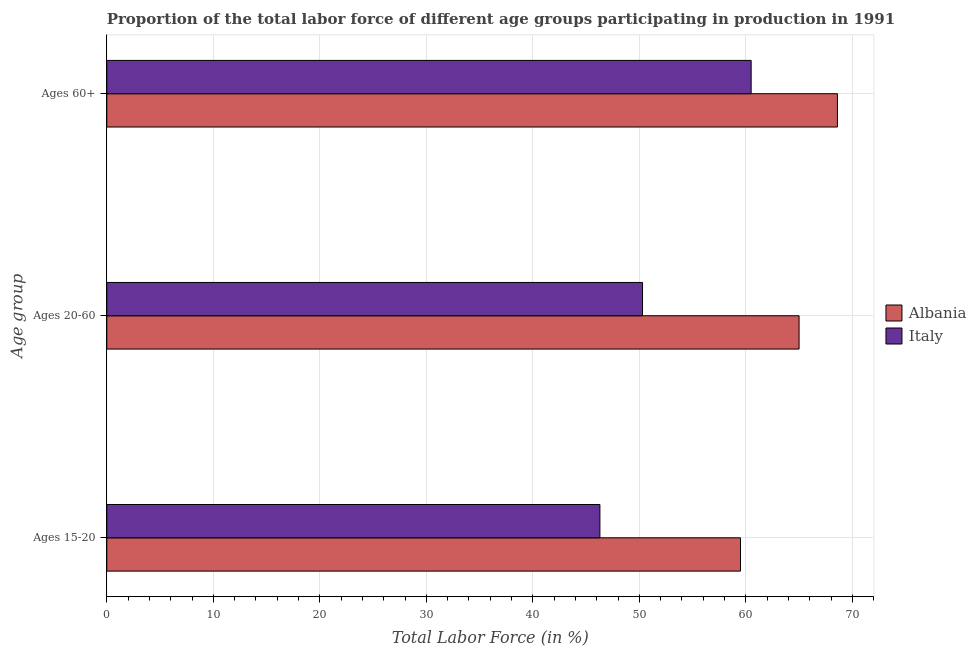
| Age group | Albania | Italy |
 | --- | --- | --- |
 | Ages 15-20 | 59.5 | 46.3 |
 | Ages 20-60 | 65 | 50.3 |
 | Ages 60+ | 68.6 | 60.5 |